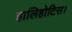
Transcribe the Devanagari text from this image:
हालिहोटिस।